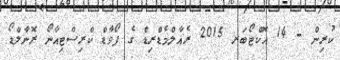
ކުރިން - 14 އޮކްޓޯބަރ 2015 ރެއާލްމެޑްރިޑް ގެ ފޯވާޑް ކްރިސްޓިއާނޯ ރޮނާލްޑޯ